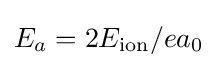
E_{a}={2E_{\text{ion}}}/{ea_{0}}